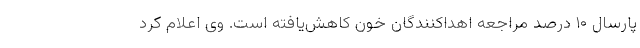
پارسال ۱۰ درصد مراجعه اهداکنندگان خون کاهش‌یافته است. وی اعلام کرد